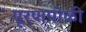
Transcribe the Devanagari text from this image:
पूरणपोळी